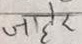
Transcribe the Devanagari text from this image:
जाहिर